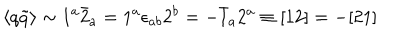
\langle q \tilde { q } \rangle \sim 1 ^ { a } \bar { 2 } _ { a } = 1 ^ { a } \epsilon _ { a b } 2 ^ { b } = - \bar { 1 } _ { a } 2 ^ { a } \equiv [ 1 2 ] = - [ 2 1 ]